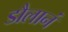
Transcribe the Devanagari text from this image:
डौलानं